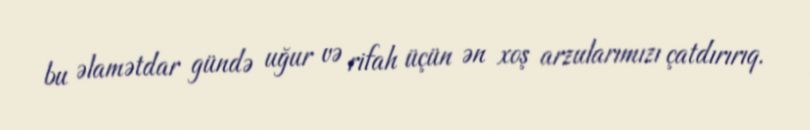
bu əlamətdar gündə uğur və rifah üçün ən xoş arzularımızı çatdırırıq.